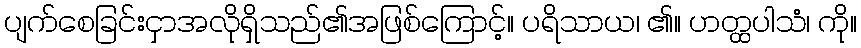
ပျက်စေခြင်းငှာအလိုရှိသည်၏အဖြစ်ကြောင့်။ ပရိသာယ၊ ၏။ ဟတ္ထပါသံ၊ ကို။